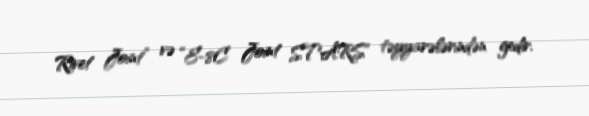
Rivet Joint” və “E-8C Joint STARS” təyyarələrindən gedir.